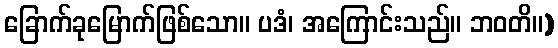
ခြောက်ခုမြောက်ဖြစ်သော။ ပဒံ၊ အကြောင်းသည်။ ဘဝတိ။)